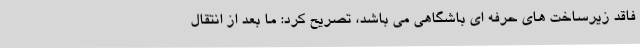
فاقد زیرساخت های حرفه ای باشگاهی می باشد، تصریح کرد: ما بعد از انتقال